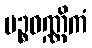
ပဉ္စဝဏ္ဏိကံ